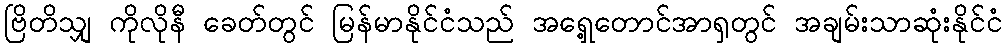
ဗြိတိသျှ ကိုလိုနီ ခေတ်တွင် မြန်မာနိုင်ငံသည် အရှေ့တောင်အာရှတွင် အချမ်းသာဆုံးနိုင်ငံ